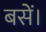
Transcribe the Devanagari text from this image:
बसें।